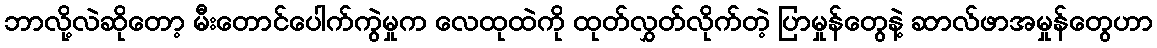
ဘာလို့လဲဆိုတော့ မီးတောင်ပေါက်ကွဲမှုက လေထုထဲကို ထုတ်လွှတ်လိုက်တဲ့ ပြာမှုန်တွေနဲ့ ဆာလ်ဖာအမှုန်တွေဟာ